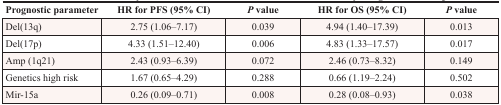
<table><thead><tr><td><b>Prognostic parameter</b></td><td><b>HR for PFS (95% CI)</b></td><td><b><i>P</i> value</b></td><td><b>HR for OS (95% CI)</b></td><td><b><i>P</i> value</b></td></tr></thead><tbody><tr><td>Del(13q)</td><td>2.75 (1.06–7.17)</td><td>0.039</td><td>4.94 (1.40–17.39)</td><td>0.013</td></tr><tr><td>Del(17p)</td><td>4.33 (1.51–12.40)</td><td>0.006</td><td>4.83 (1.33–17.57)</td><td>0.017</td></tr><tr><td>Amp (1q21)</td><td>2.43 (0.93–6.39)</td><td>0.072</td><td>2.46 (0.73–8.32)</td><td>0.149</td></tr><tr><td>Genetics high risk</td><td>1.67 (0.65–4.29)</td><td>0.288</td><td>0.66 (1.19–2.24)</td><td>0.502</td></tr><tr><td>Mir-15a</td><td>0.26 (0.09–0.71)</td><td>0.008</td><td>0.28 (0.08–0.93)</td><td>0.038</td></tr></tbody></table>